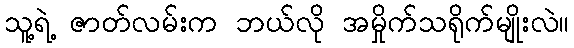
သူ့ရဲ့ ဇာတ်လမ်းက ဘယ်လို အမှိုက်သရိုက်မျိုးလဲ။